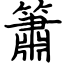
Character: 簫